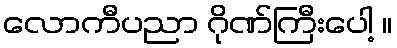
လောကီပညာ ဂိုဏ်ကြီးပေါ့ ။